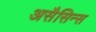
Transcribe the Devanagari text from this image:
असैसिन्स